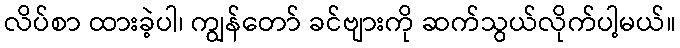
လိပ်စာ ထားခဲ့ပါ၊ ကျွန်တော် ခင်ဗျားကို ဆက်သွယ်လိုက်ပါ့မယ်။